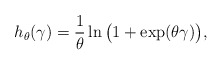
\begin{align*}h_\theta(\gamma) = \frac{1}{\theta} \ln \big(1 + \exp(\theta \gamma)\big),\end{align*}